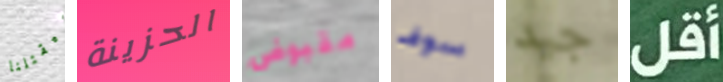
سيقتلنا الحزينة مقبوض سوف جيد أقل